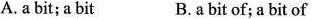
A.a bit;a bit B.a bit of; a bit of